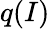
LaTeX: q(I)